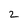
Character: 2